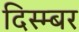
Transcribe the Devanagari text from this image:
दिस्म्बर